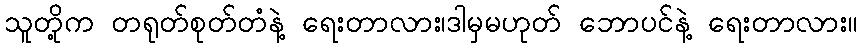
သူတို့က တရုတ်စုတ်တံနဲ့ ရေးတာလား၊ဒါမှမဟုတ် ဘောပင်နဲ့ ရေးတာလား။